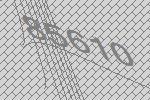
85610